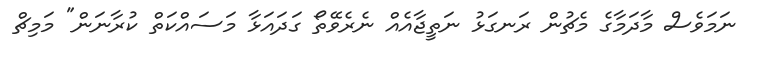
ނަމަވެސް މާދަމާގެ މެޗުން ރަނގަޅު ނަތީޖާއެއް ނެރެވޭތޯ ގަދައަޅާ މަސައްކަތް ކުރާނަން" މަމިޗް